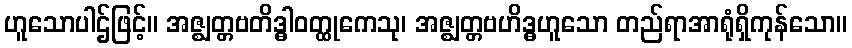
ဟူသောပါဌ်ဖြင့်။ အဇ္ဈတ္တဗတိဒ္ဓါဝတ္ထုကေသု၊ အဇ္ဈတ္တဗဟိဒ္ဓဟူသော တည်ရာအာရုံရှိကုန်သော။